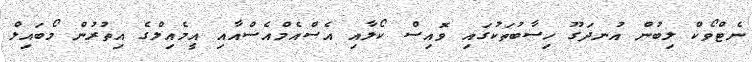
ނެޓްވޯކް ލިބުން އުނދަގޫ ހިސާބުތަކުގައި ވޮއިސް ކޯލާއި އެސްއެމްއެސްއާއި އީމެއިލްގެ އިތުރުން މޯބައިލް